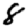
Digit: 8